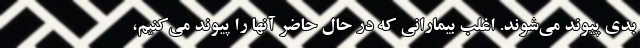
بدی پیوند می‌شوند. اغلب بیمارانی که در حال حاضر آنها را پیوند می‌کنیم،